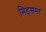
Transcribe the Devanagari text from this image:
मिड्‌समर